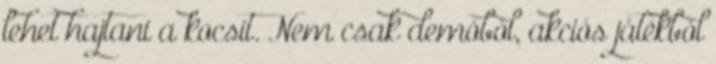
lehet hajtani a kocsit. Nem csak demóból, akciós játékból